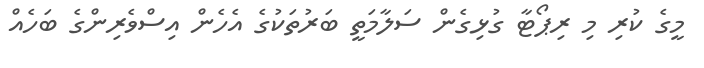
މީގެ ކުރި މި ރިޕޯޓާ ގުޅިގެން ސަލާމަތީ ބަރުތަކުގެ އެހެން އިސްވެރިންގެ ބަހެއް